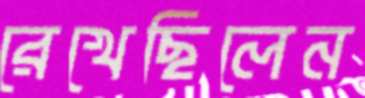
রেখেছিলেন